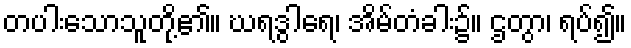
တပါးသောသူတို့၏။ ဃရဒွါရေ၊ အိမ်တံခါး၌။ ဌတွာ၊ ရပ်၍။